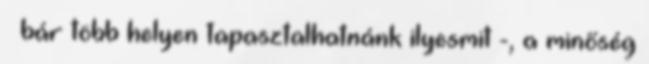
– bár több helyen tapasztalhatnánk ilyesmit -, a minőség